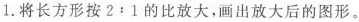
1.将长方形按$$2:1$$的比放大，画出放大后的图形。